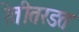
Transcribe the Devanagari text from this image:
रेतीतरडत